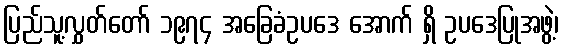
ပြည်သူ့လွှတ်တော် ၁၉၇၄ အခြေခံဥပဒေ အောက် ရှိ ဥပဒေပြုအဖွဲ့၊